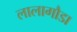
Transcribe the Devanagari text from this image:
लालागौडा